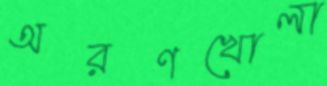
অরণখোলা